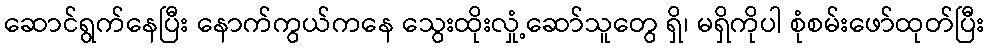
ဆောင်ရွက်နေပြီး နောက်ကွယ်ကနေ သွေးထိုးလှုံ့ဆော်သူတွေ ရှိ၊ မရှိကိုပါ စုံစမ်းဖော်ထုတ်ပြီး